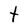
Character: t